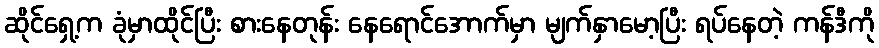
ဆိုင်ရှေ့က ခုံမှာထိုင်ပြီး စားနေတုန်း နေရောင်အောက်မှာ မျက်နှာမော့ပြီး ရပ်နေတဲ့ ကန်ဒီကို